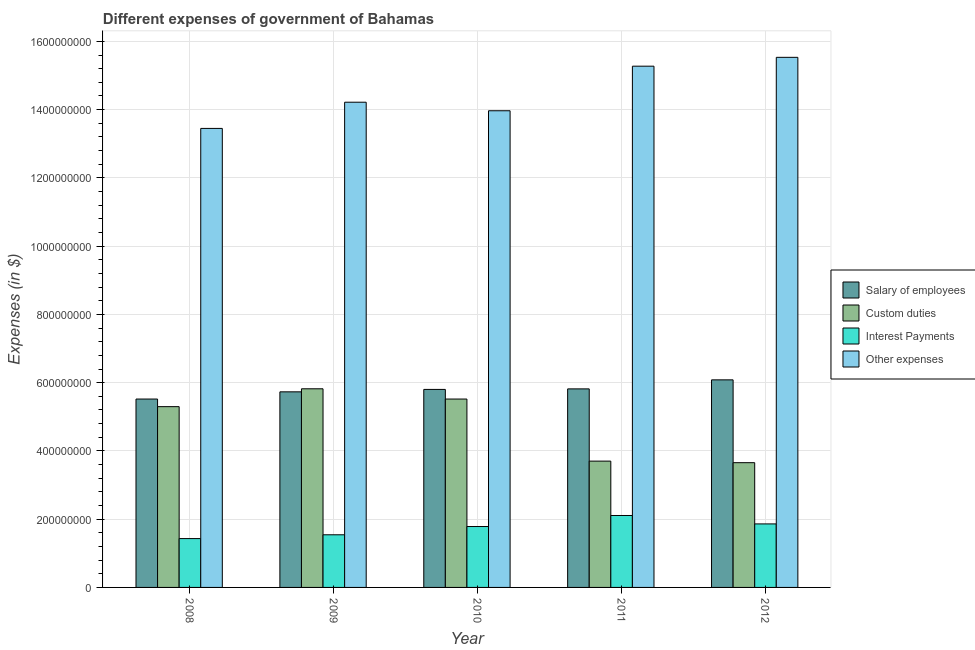
| Year | Salary of employees | Custom duties | Interest Payments | Other expenses |
 | --- | --- | --- | --- | --- |
 | 2008 | 5.52e+08 | 5.3e+08 | 1.43e+08 | 1.34e+09 |
 | 2009 | 5.73e+08 | 5.82e+08 | 1.54e+08 | 1.42e+09 |
 | 2010 | 5.8e+08 | 5.52e+08 | 1.78e+08 | 1.4e+09 |
 | 2011 | 5.82e+08 | 3.7e+08 | 2.11e+08 | 1.53e+09 |
 | 2012 | 6.08e+08 | 3.66e+08 | 1.86e+08 | 1.55e+09 |